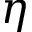
\boldsymbol { \eta }